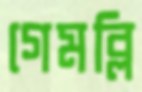
গেমব্লি